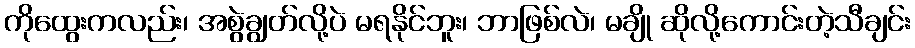
ကိုထွေးကလည်း၊ အစွဲချွတ်လို့ပဲ မရနိုင်ဘူး၊ ဘာဖြစ်လဲ၊ မချို ဆိုလို့ကောင်းတဲ့သီချင်း